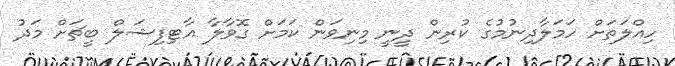
ހިއްލަތަށް ހަމަލާދިނުމުގެ ކުރިން ދީނީ މިނިވަން ކަމަށް ގޮވާލާ އާޓިފިޝަލް ބީޗަށް މަދު